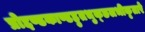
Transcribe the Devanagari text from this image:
प्रोद्दण्डकाण्डहुतभुक्छलभीकृतारे